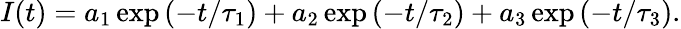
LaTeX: I(t)=a_{1}\exp\left(-t/\tau_{1}\right)+a_{2}\exp\left(-t/\tau_{2}\right)+a_{3}\exp\left(-t/\tau_{3}\right).